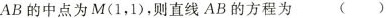
AB的中点为M(1，1)，则直线AB的方程为 ( )